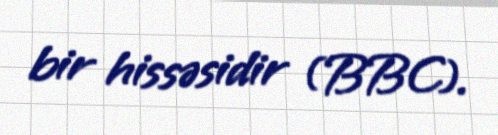
bir hissəsidir (BBC).